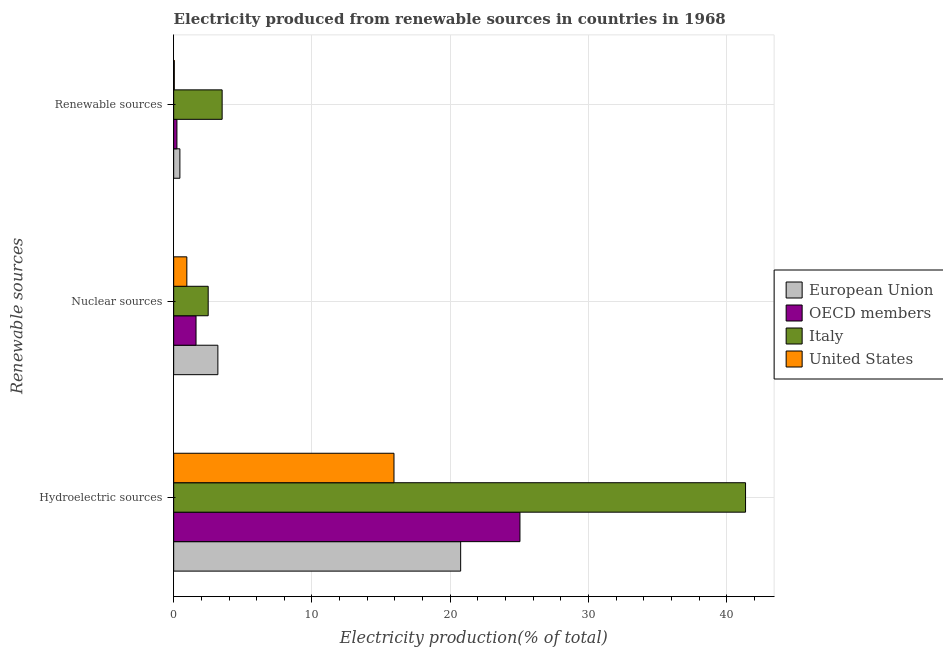
| Renewable sources | European Union | OECD members | Italy | United States |
 | --- | --- | --- | --- | --- |
 | Hydroelectric sources | 20.8 | 25 | 41.3 | 15.9 |
 | Nuclear sources | 3.2 | 1.62 | 2.5 | 0.952 |
 | Renewable sources | 0.449 | 0.235 | 3.5 | 0.0447 |